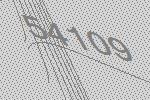
54109